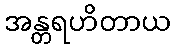
အန္တရဟိတာယ